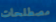
مصطلحات